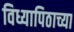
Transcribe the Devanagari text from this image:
विध्यापिठाच्या